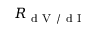
R _ { \mathrm { ~ d ~ V ~ / ~ d ~ I ~ } }